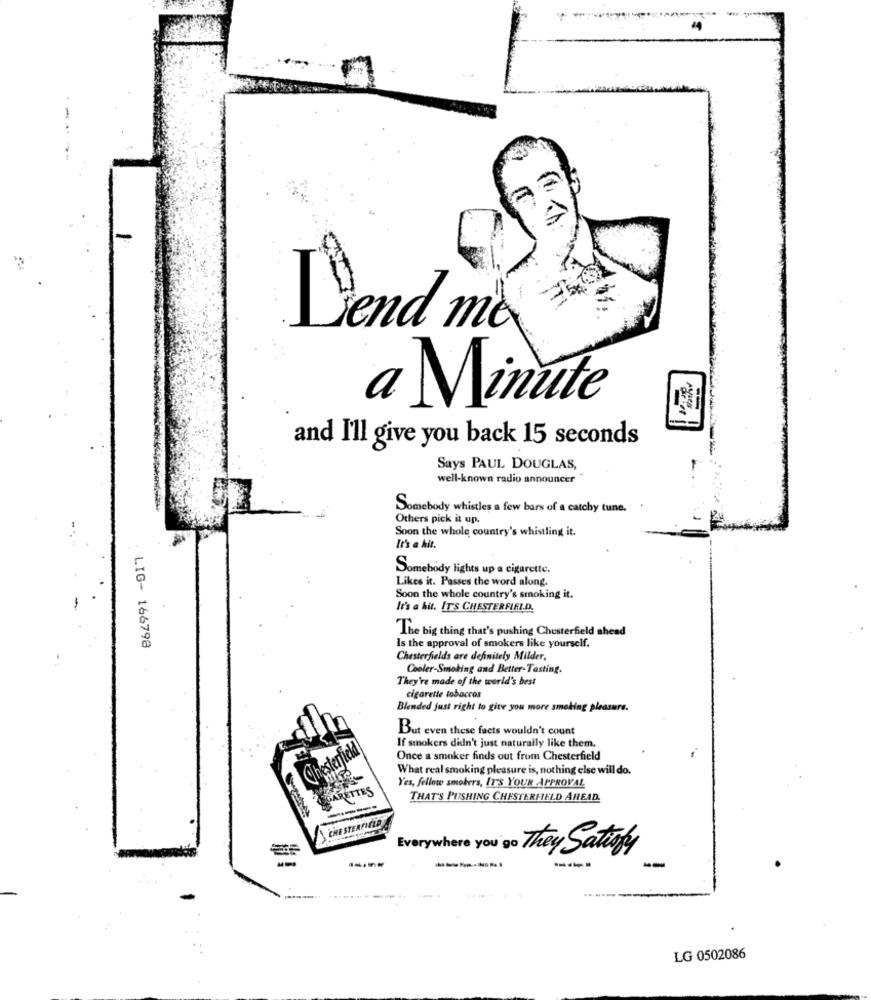
Dend mo
a Minute
and I'll give you back 15 seconds
Says PAUL DOUGLAS,
well-known radio announcer
Somebody whistles a few bars of a catchy tune.
Others pick it up.
Soon the whole country's whistling it.
It's a hit.
Somebody lights up a cigarette.
Likes it. Passes the word along.
Soon the whole country's smoking it.
It's a hit. IT'S CHESTERFIELD.
The big thing that's pushing Chesterfield ahead
LIG- 166798
Is the approval of smokers like yourself.
Chesterfields are definitely Milder,
Cooler-Smoking and Better-Tasting.
They're made of the world's best
cigarette tobaccos
Blended just right to give you more smoking pleasure.
But even these facts wouldn't count
sterfield
If smokers didn't just naturally like them.
Once a smoker finds out from Chesterfield
What real smoking pleasure is, nothing else will do.
Yes, fellow smokers, IT'S YOUR APPROVAL
THAT'S PUSHING CHESTERFIELD AHEAD.
CHESTERFIELD
Everywhere you go They Satisfy
LG 0502086